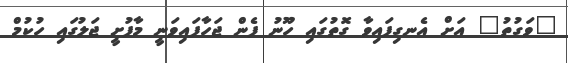
"ވަގުތު" އަށް އެނގިފައިވާ ގޮތުގައި ހޫނު ފެން ޖަހާފައިވަނީ މާފުށީ ޖަލުގައި ހުކުމް